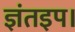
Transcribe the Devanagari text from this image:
ज्ञंतइप।